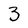
Character: 3